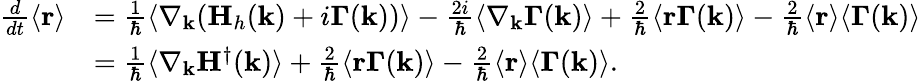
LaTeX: \begin{array}{rl}{\frac{d}{dt}\langle\mathbf{r}\rangle}&{=\frac{1}{\hbar}\langle\nabla_{\mathbf{k}}(\mathbf{H}_{h}(\mathbf{k})+i\mathbf{\Gamma}(\mathbf{k}))\rangle-\frac{2i}{\hbar}\langle\nabla_{\mathbf{k}}\mathbf{\Gamma}(\mathbf{k})\rangle+\frac{2}{\hbar}\langle\mathbf{r}\mathbf{\Gamma}(\mathbf{k})\rangle-\frac{2}{\hbar}\langle\mathbf{r}\rangle\langle\mathbf{\Gamma}(\mathbf{k})\rangle}\\ &{=\frac{1}{\hbar}\langle\nabla_{\mathbf{k}}\mathbf{H}^{\dagger}(\mathbf{k})\rangle+\frac{2}{\hbar}\langle\mathbf{r}\mathbf{\Gamma}(\mathbf{k})\rangle-\frac{2}{\hbar}\langle\mathbf{r}\rangle\langle\mathbf{\Gamma}(\mathbf{k})\rangle.}\end{array}